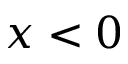
x < 0